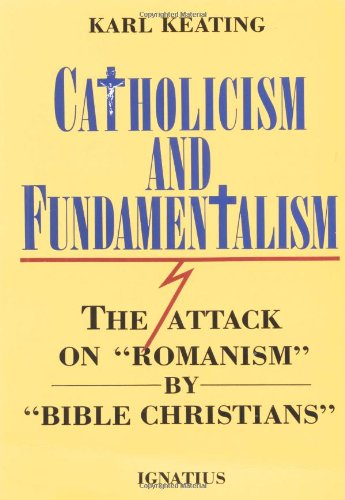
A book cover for Catholicism and Fundamentalism: The Attack on "Romanism" by "Bible Christians"; Karl Keating; Christian Books & Bibles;